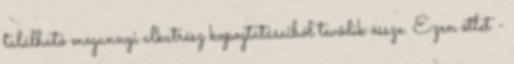
található megannyi alkatrész kopogtatásaiból tevődik össze. Ezen ötlet -